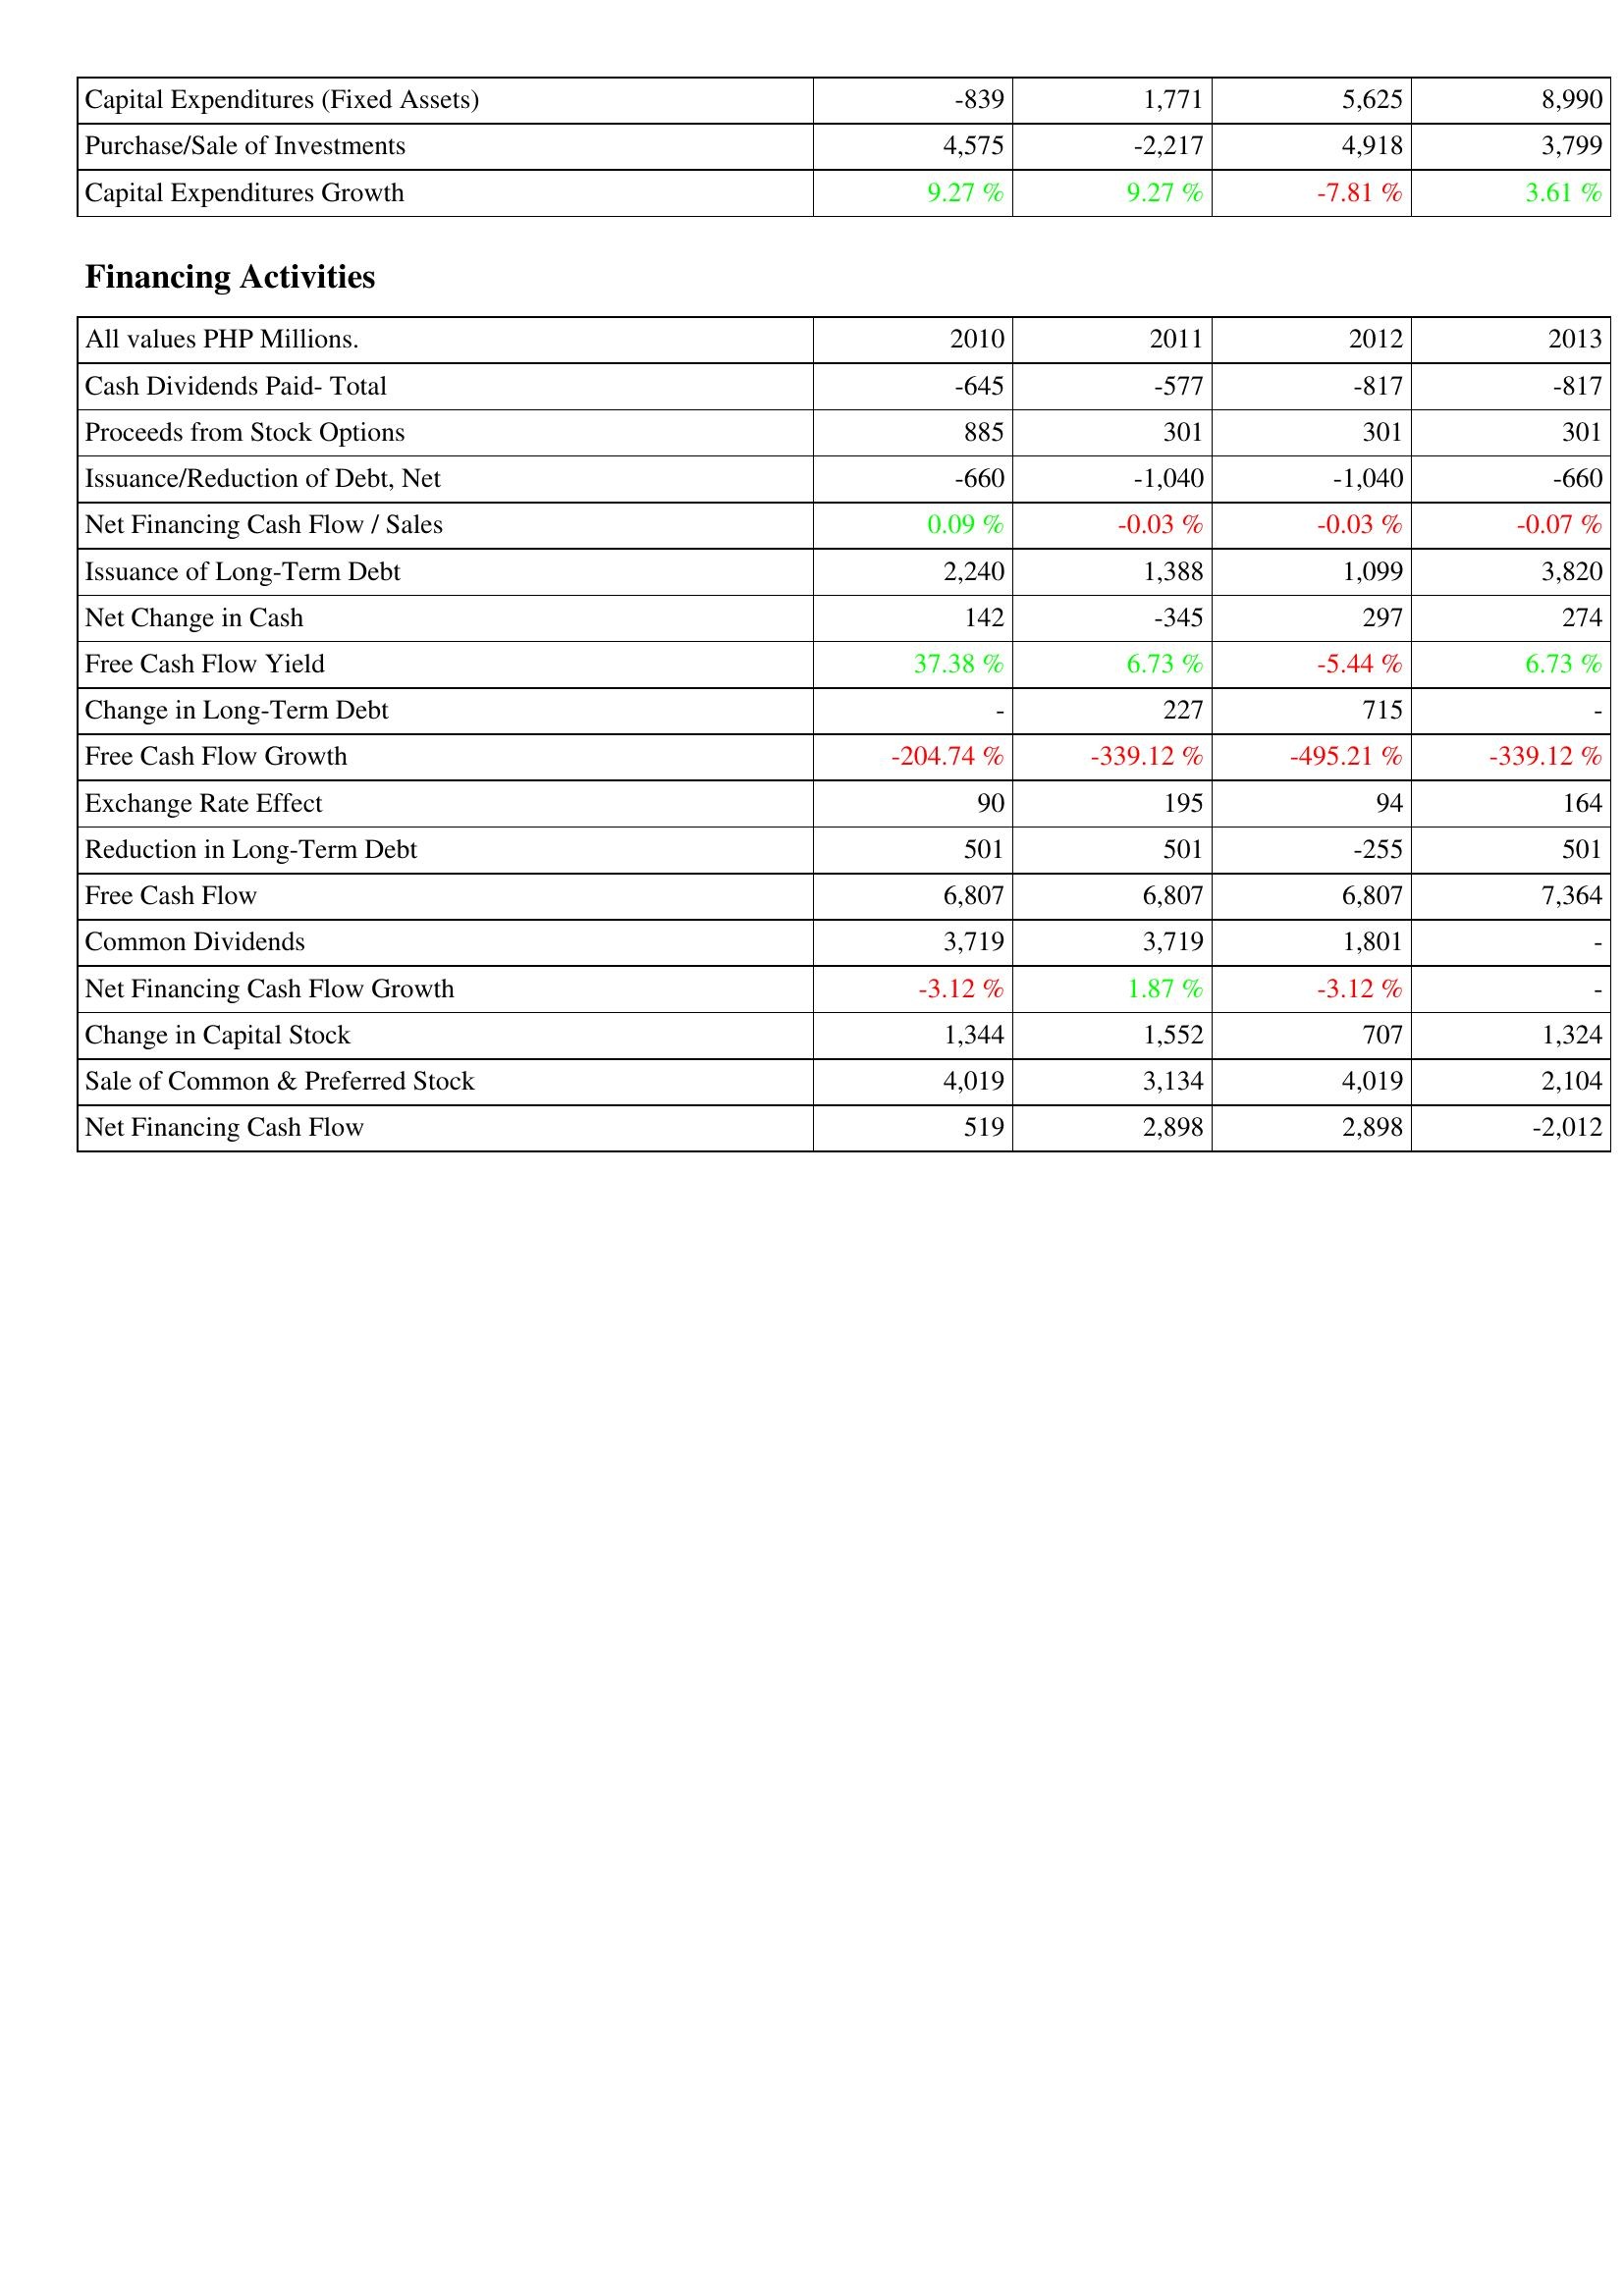
2010: Investing Activities: Capital Expenditures (Fixed Assets): -839
Purchase/Sale of Investments: 4,575
Capital Expenditures Growth: 9.27 %
Financing Activities: Cash Dividends Paid- Total: -645
Proceeds from Stock Options: 885
Issuance/Reduction of Debt, Net: -660
Net Financing Cash Flow / Sales: 0.09 %
Issuance of Long-Term Debt: 2,240
Net Change in Cash: 142
Free Cash Flow Yield: 37.38 %
Change in Long-Term Debt: -
Free Cash Flow Growth: -204.74 %
Exchange Rate Effect: 90
Reduction in Long-Term Debt: 501
Free Cash Flow: 6,807
Common Dividends: 3,719
Net Financing Cash Flow Growth: -3.12 %
Change in Capital Stock: 1,344
Sale of Common & Preferred Stock: 4,019
Net Financing Cash Flow: 519
2011: Investing Activities: Capital Expenditures (Fixed Assets): 1,771
Purchase/Sale of Investments: -2,217
Capital Expenditures Growth: 9.27 %
Financing Activities: Cash Dividends Paid- Total: -577
Proceeds from Stock Options: 301
Issuance/Reduction of Debt, Net: -1,040
Net Financing Cash Flow / Sales: -0.03 %
Issuance of Long-Term Debt: 1,388
Net Change in Cash: -345
Free Cash Flow Yield: 6.73 %
Change in Long-Term Debt: 227
Free Cash Flow Growth: -339.12 %
Exchange Rate Effect: 195
Reduction in Long-Term Debt: 501
Free Cash Flow: 6,807
Common Dividends: 3,719
Net Financing Cash Flow Growth: 1.87 %
Change in Capital Stock: 1,552
Sale of Common & Preferred Stock: 3,134
Net Financing Cash Flow: 2,898
2012: Investing Activities: Capital Expenditures (Fixed Assets): 5,625
Purchase/Sale of Investments: 4,918
Capital Expenditures Growth: -7.81 %
Financing Activities: Cash Dividends Paid- Total: -817
Proceeds from Stock Options: 301
Issuance/Reduction of Debt, Net: -1,040
Net Financing Cash Flow / Sales: -0.03 %
Issuance of Long-Term Debt: 1,099
Net Change in Cash: 297
Free Cash Flow Yield: -5.44 %
Change in Long-Term Debt: 715
Free Cash Flow Growth: -495.21 %
Exchange Rate Effect: 94
Reduction in Long-Term Debt: -255
Free Cash Flow: 6,807
Common Dividends: 1,801
Net Financing Cash Flow Growth: -3.12 %
Change in Capital Stock: 707
Sale of Common & Preferred Stock: 4,019
Net Financing Cash Flow: 2,898
2013: Investing Activities: Capital Expenditures (Fixed Assets): 8,990
Purchase/Sale of Investments: 3,799
Capital Expenditures Growth: 3.61 %
Financing Activities: Cash Dividends Paid- Total: -817
Proceeds from Stock Options: 301
Issuance/Reduction of Debt, Net: -660
Net Financing Cash Flow / Sales: -0.07 %
Issuance of Long-Term Debt: 3,820
Net Change in Cash: 274
Free Cash Flow Yield: 6.73 %
Change in Long-Term Debt: -
Free Cash Flow Growth: -339.12 %
Exchange Rate Effect: 164
Reduction in Long-Term Debt: 501
Free Cash Flow: 7,364
Common Dividends: -
Net Financing Cash Flow Growth: -
Change in Capital Stock: 1,324
Sale of Common & Preferred Stock: 2,104
Net Financing Cash Flow: -2,012